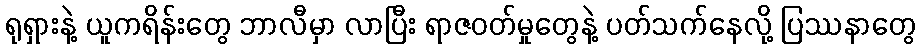
ရုရှားနဲ့ ယူကရိန်းတွေ ဘာလီမှာ လာပြီး ရာဇဝတ်မှုတွေနဲ့ ပတ်သက်နေလို့ ပြဿနာတွေ